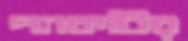
প্যাকটির